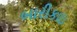
બારીકાઇ